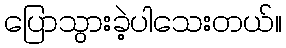
ပြောသွားခဲ့ပါသေးတယ်။